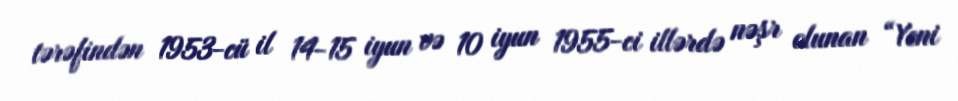
tərəfindən 1953-cü il 14-15 iyun və 10 iyun 1955-ci illərdə nəşr olunan “Yeni